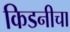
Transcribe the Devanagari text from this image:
किडनीचा